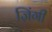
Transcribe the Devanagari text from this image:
ज़िंगी